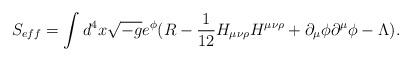
LaTeX: \begin{align*}S_{eff}=\int d^4x\sqrt{-g}e^{\phi}(R-\frac{1}{12}H_{\mu\nu\rho}H^{\mu\nu\rho}+\partial_{\mu}\phi\partial^{\mu}\phi-\Lambda).\end{align*}